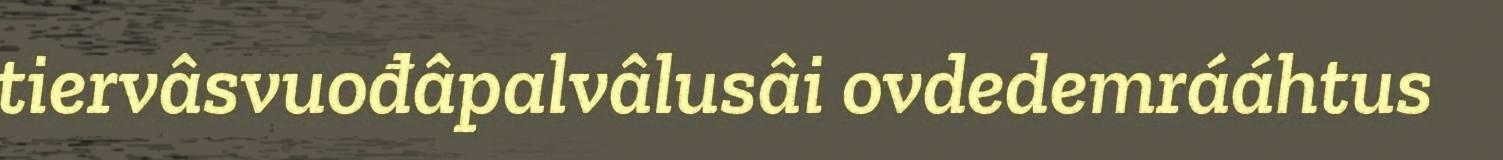
tiervâsvuođâpalvâlusâi ovdedemrááhtus